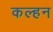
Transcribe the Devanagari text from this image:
कल्हन